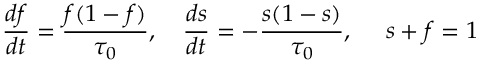
\displaystyle \frac { d { f } } { d t } = \frac { { f } ( 1 - { f } ) } { \tau _ { 0 } } , ~ ~ ~ \displaystyle \frac { d { s } } { d t } = - \frac { { s } ( 1 - { s } ) } { \tau _ { 0 } } , ~ ~ ~ ~ s + f = 1